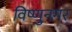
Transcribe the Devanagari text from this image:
विष्णुनगर